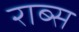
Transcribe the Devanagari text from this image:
राब्स